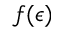
f ( \epsilon )